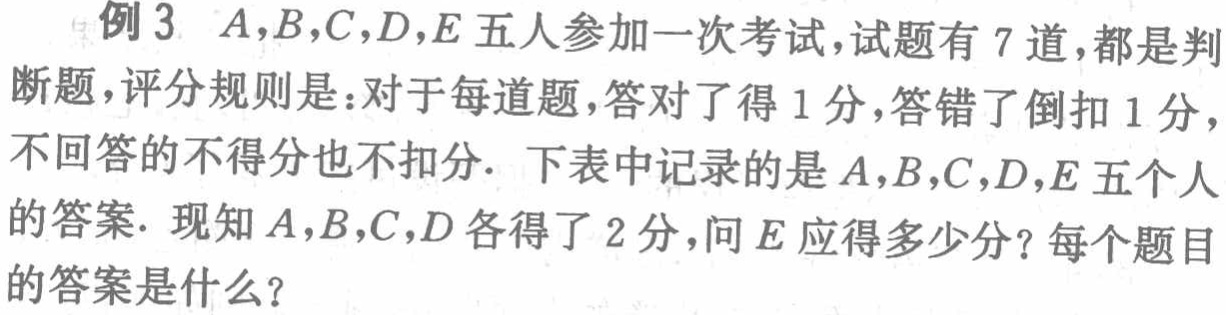
例 3 \(A,B,C,D,E\) 五人参加一次考试，试题有 7 道，都是判断题，评分规则是：对于每道题，答对了得 1 分，答错了倒扣 1 分，不回答的不得分也不扣分. 下表中记录的是 \(A,B,C,D,E\) 五个人的答案. 现知 \(A,B,C,D\) 各得了 2 分，问 \(E\) 应得多少分？每个题目的答案是什么？